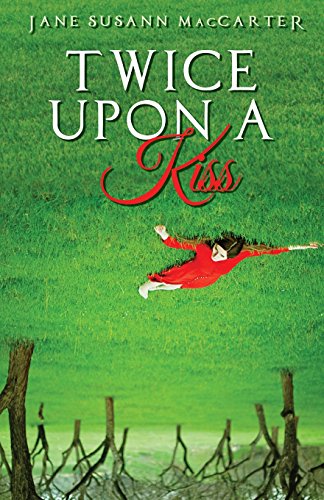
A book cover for Twice Upon a Kiss; Jane Susann MacCarter; Romance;